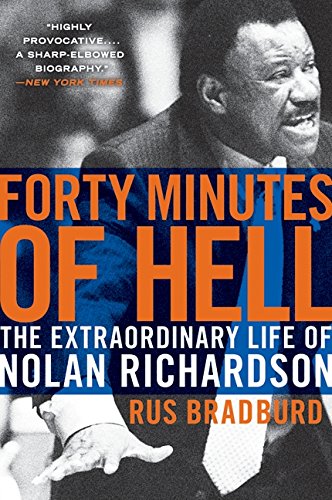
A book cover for Forty Minutes of Hell: The Extraordinary Life of Nolan Richardson; Rus Bradburd; Biographies & Memoirs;